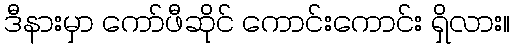
ဒီနားမှာ ကော်ဖီဆိုင် ကောင်းကောင်း ရှိလား။